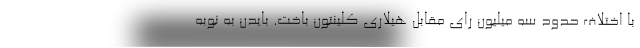
با اختلاف حدود سه میلیون رای مقابل هیلاری کلینتون باخت. بایدن به نوبه